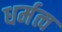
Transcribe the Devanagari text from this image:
धर्मत्व